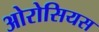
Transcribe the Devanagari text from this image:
ओरोसियस